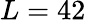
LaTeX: L=42